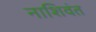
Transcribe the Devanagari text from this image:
नाशिवंत